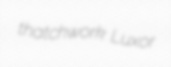
thatchwork Luxor